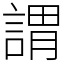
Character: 謂